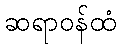
ဆရာဝန်ထံ